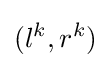
(l^{k},r^{k})